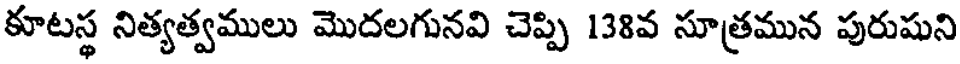
కూటస్థ నిత్యత్వములు మొదలగునవి చెప్పి 138వ సూత్రమున పురుషుని